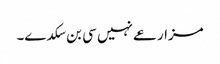
مزارعے نہیں سی بن سکدے۔